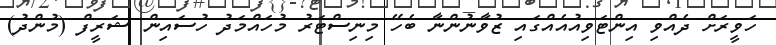
ހަވީރަށް ދެއްވި އިންޓަވިއުއެއްގައި ޒުވާނުންނާ ބެހޭ މިނިސްޓަރު މުހައްމަދު ހުސައިން ޝަރީފް (މުންދު)